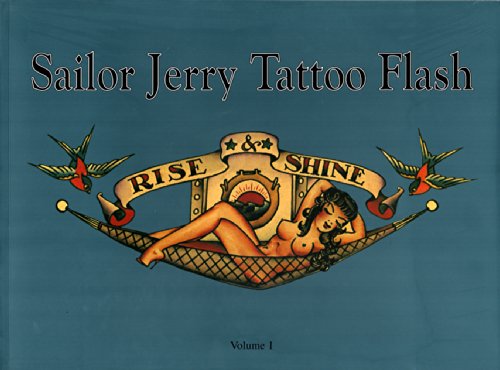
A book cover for Sailor Jerry Tattoo Flash: Rise & Shine: Vol. 1; Don Ed Hardy; Arts & Photography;